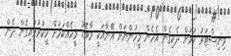
މިނިސްޓަރު ކަމަށް ދެކިގެން އެހެން މީހުންނަށް އޭނާއަކީ މާބޮޑު މީހެއްކަމަށް ހީކުރުވައިގެން ދެން